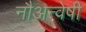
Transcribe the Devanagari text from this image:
नौअन्वेषी